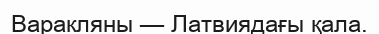
Варакляны — Латвиядағы қала.